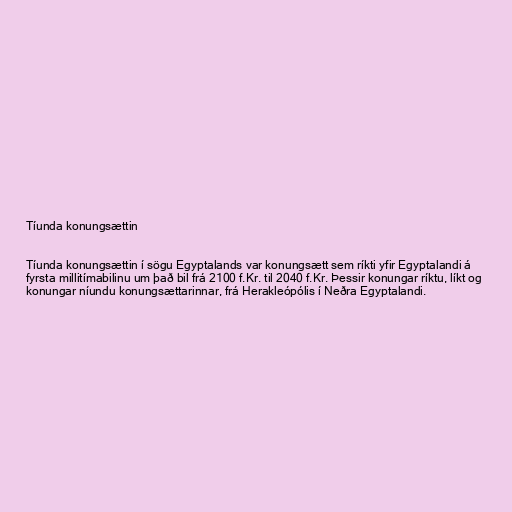
Tíunda konungsættin

Tíunda konungsættin í sögu Egyptalands var konungsætt sem ríkti yfir Egyptalandi á
fyrsta millitímabilinu um það bil frá 2100 f.Kr. til 2040 f.Kr. Þessir konungar ríktu, líkt og
konungar níundu konungsættarinnar, frá Herakleópólis í Neðra Egyptalandi.